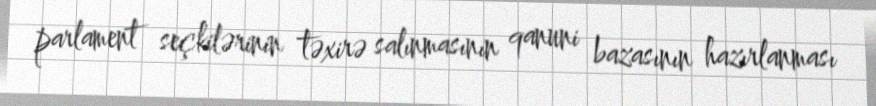
parlament seçkilərinin təxirə salınmasının qanuni bazasının hazırlanması